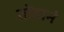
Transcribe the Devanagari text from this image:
तोंडानं